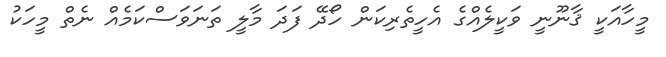
މީހާއަކީ ޤާނޫނީ ވަކީލެއްގެ އެހީތެރިކަން ހޯދޭ ފަދަ މާލީ ތަނަވަސްކަމެއް ނެތް މީހަކު